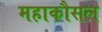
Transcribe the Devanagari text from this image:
महाकौसल